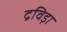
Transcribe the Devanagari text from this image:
द्रविड़ा